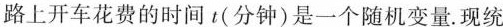
路上开车花费的时间t(分钟)是一个随机变量。现统